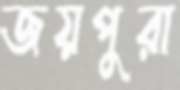
জয়পুরা